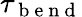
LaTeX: \tau_{\mathrm{~b~e~n~d~}}